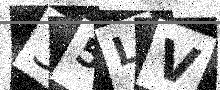
Text: 35LV